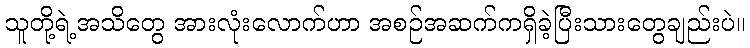
သူတို့ရဲ့အသိတွေ အားလုံးလောက်ဟာ အစဉ်အဆက်ကရှိခဲ့ပြီးသားတွေချည်းပဲ။